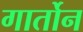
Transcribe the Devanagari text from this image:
गार्तोन